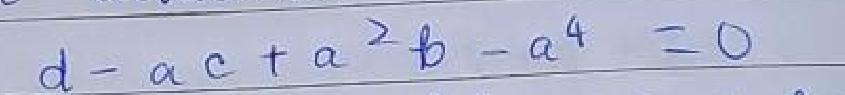
$d - ac + a^{2}b - a^{4}=0$